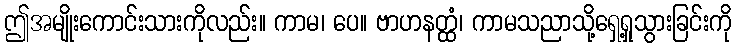
ဤအမျိုးကောင်းသားကိုလည်း။ ကာမ၊ ပေ။ ဗာဟနတ္ထံ၊ ကာမသညာသို့ရှေ့ရှုသွားခြင်းကို